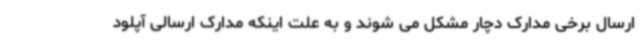
ارسال برخی مدارک دچار مشکل می شوند و به علت اینکه مدارک ارسالی آپلود